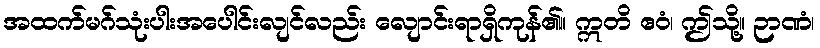
အထက်မဂ်သုံးပါးအပေါင်းလျင်လည်း လျောင်းရာရှိကုန်၏။ ဣတိ ဧဝံ၊ ဤသို့။ ဉာဏံ၊